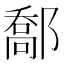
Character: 𨝰